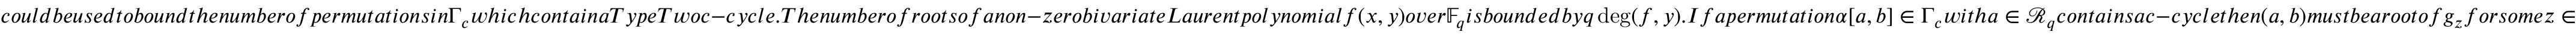
c o u l d b e u s e d t o b o u n d t h e n u m b e r o f p e r m u t a t i o n s i n \Gamma _ { c } w h i c h c o n t a i n a T y p e T w o c - c y c l e . T h e n u m b e r o f r o o t s o f a n o n - z e r o b i v a r i a t e L a u r e n t p o l y n o m i a l f ( x , y ) o v e r \mathbb { F } _ { q } i s b o u n d e d b y q \deg ( f , y ) . I f a p e r m u t a t i o n \alpha [ a , b ] \in \Gamma _ { c } w i t h a \in \mathcal { R } _ { q } c o n t a i n s a c - c y c l e t h e n ( a , b ) m u s t b e a r o o t o f g _ { z } f o r s o m e z \in Y _ { c , 1 } / { \sim } . I f g _ { z } i s n o t t h e z e r o p o l y n o m i a l f o r a n y z \in Y _ { c , 1 } / { \sim } , t h e n w e c a n u s e L e m m a